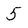
Character: 5